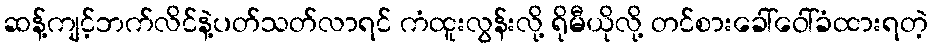
ဆန့်ကျင့်ဘက်လိင်နဲ့ပတ်သတ်လာရင် ကံထူးလွန်းလို့ ရိုမီယိုလို့ တင်စားခေါ်ဝေါ်ခံထားရတဲ့